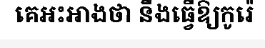
គេអះអាងថា នឹងធ្វើឱ្យកូរ៉េ